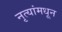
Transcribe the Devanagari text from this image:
नृत्यांमधून